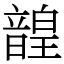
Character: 韹